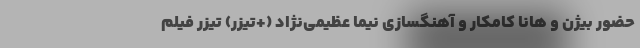
حضور بیژن و هانا کامکار و آهنگسازی نیما عظیمی‌نژاد (+تیزر) تیزر فیلم